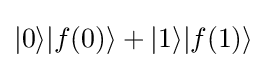
|0\rangle |f(0)\rangle +|1\rangle |f(1)\rangle